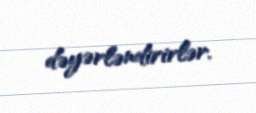
dəyərləndirirlər.